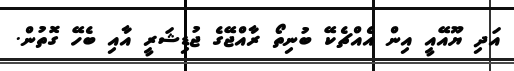
އަދި ޔޫއޭއީ އިން އެއްޗެކޭ ބުނިތޯ ރާއްޖޭގެ ޖުޑިޝަރީ އާއި ބެހޭ ގޮތުން.